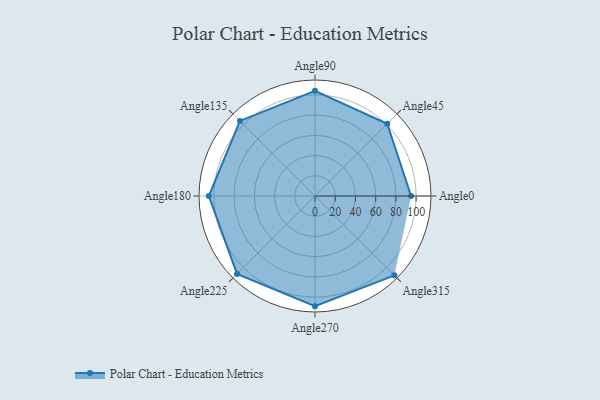
{"axis": {"x": "Angle", "y": "Radius"}, "legend": [""], "data": [{"x": "Angle0", "y": 95.0, "type": ""}, {"x": "Angle45", "y": 101.0, "type": ""}, {"x": "Angle90", "y": 104.0, "type": ""}, {"x": "Angle135", "y": 105.0, "type": ""}, {"x": "Angle180", "y": 105.0, "type": ""}, {"x": "Angle225", "y": 109.0, "type": ""}, {"x": "Angle270", "y": 109.0, "type": ""}, {"x": "Angle315", "y": 111.0, "type": ""}]}